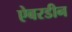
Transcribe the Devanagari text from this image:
ऐबरडीन